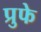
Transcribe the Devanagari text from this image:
प्रुफे